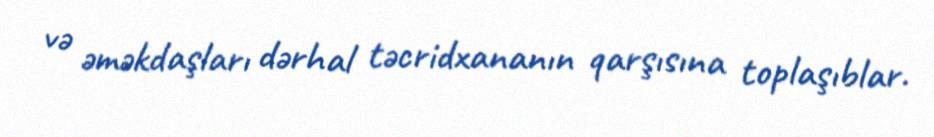
və əməkdaşları dərhal təcridxananın qarşısına toplaşıblar.